Leaving Certificate Examination, 1908
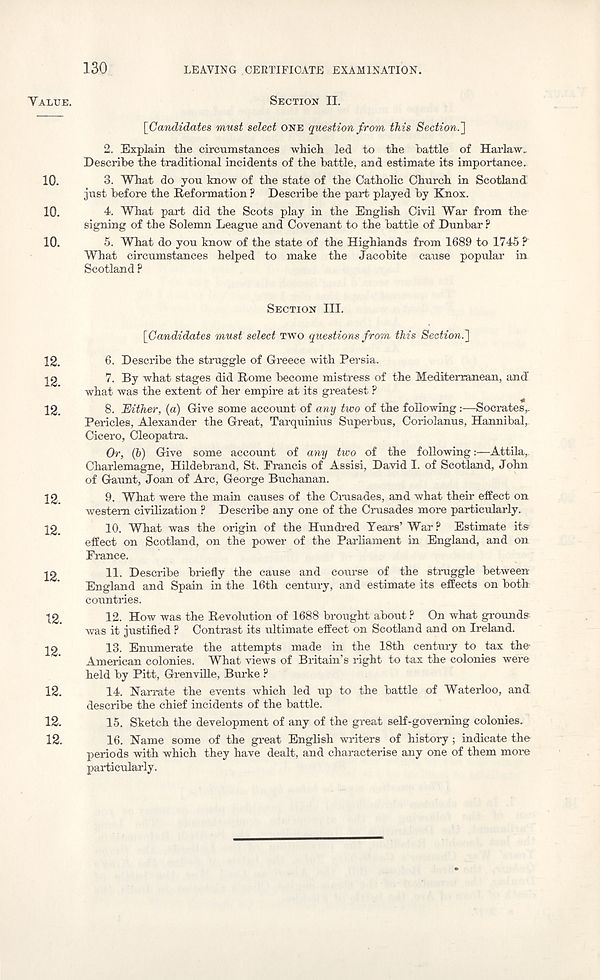
130
LEAVING CERTIFICATE EXAMINATION.
YALUE.
10.
10.
10.
12.
12.
12.
12.
12.
12.
12.
12.
12.
12.
12.
SECTION II.
[Candidates must select ONE question from this Section.']
2. Explain the circumstances which led to the battle of Harlaw.
Describe the traditional incidents of the battle, and estimate its importance.
3. What do you know of the state of the Catholic Church in Scotland
just before the Reformation ? Describe the part played by Knox.
4. What part did the Scots play in the English Civil War from the
signing of the Solemn League and Covenant to the battle of Dunbar ?
5. What do you know of the state of the Highlands from 1689 to 1745 ?
What circumstances helped to make the Jacobite cause popular in
Scotland ?
SECTION III.
[Candidates must select TWO questions from this Section.]
6. Describe the struggle of Greece with Persia.
7. By what stages did Rome become mistress of the Mediterranean, and
what was the extent of her empire at its greatest ?
8. Either, (a) Give some account of any two of the following:—Socrates,.
Pericles, Alexander the Great, Tarquinius Superbus, Coriolanus, Hannibal,
Cicero, Cleopatra.
Or, (h) Give some account of any two of the following:—Attila,
Charlemagne, Hildebrand, St. Francis of Assisi, David I. of Scotland, John
of Gaunt, Joan of Arc, George Buchanan.
9. What were the main causes of the Crusades, and what their effect on
western civilization ? Describe any one of the Crusades more particularly.
10. What was the origin of the Hundred Years’ War? Estimate its
effect on Scotland, on the power of the Parliament in England, and on
France.
11. Describe briefly the cause and course of the struggle between
England and Spain in the 16th century, and estimate its effects on both
countries.
12. How was the Revolution of 1688 brought about ? On what grounds
was it justified ? Contrast its ultimate effect on Scotland and on Ireland.
13. Enumerate the attempts made in the 18th century to tax the-
American colonies. What views of Britain’s right to tax the colonies were
held by Pitt, Grenville, Burke ?
14. Narrate the events which led up to the battle of Waterloo, and
describe the chief incidents of the battle.
15. Sketch the development of any of the great self-governing colonies.
16. Name some of the great English writers of history; indicate the
periods with which they have dealt, and characterise any one of them more
particularly.